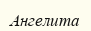
Ангелита